Vaccination United Provinces of Agra and Oudh 1902-1913 - 1902-1913
Year: 1902
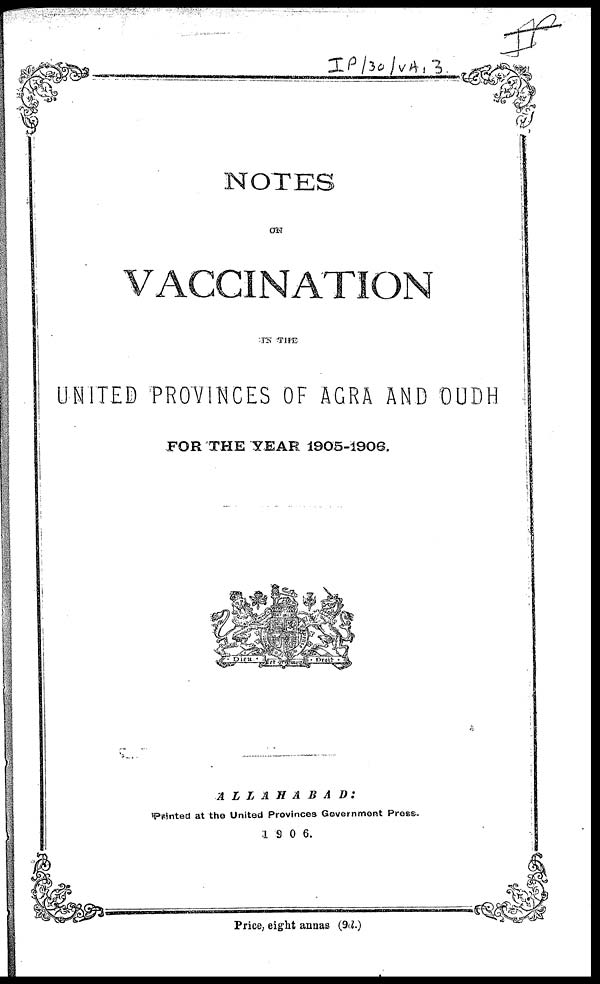
NOTES
ON
VACCINATION
IN THE
UNITED PROVINCES OF AGRA AND OUDH
FOR THE YEAR 1905-1906.
ALLAHABAD:
Printed at the United Provinces Government Press.
1906.
Price, eight annas (9d.)